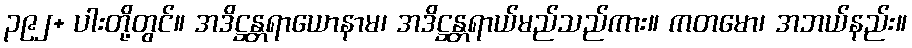
၃၉၂+ ပါးတို့တွင်။ အဒိဋ္ဌန္တရာယောနာမ၊ အဒိဋ္ဌန္တရာယ်မည်သည်ကား။ ကတမော၊ အဘယ်နည်း။